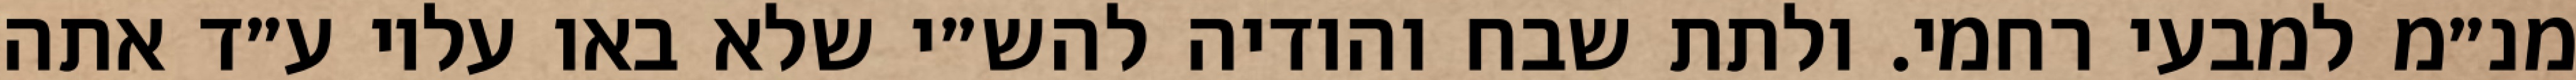
מנ״מ למבעי רחמי. ולתת שבח והודיה להש״י שלא באו עליו ע״ד אתה